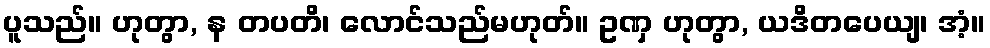
ပူသည်။ ဟုတွာ, န တပတိ၊ လောင်သည်မဟုတ်။ ဥဏှ ဟုတွာ, ယဒိတပေယျ၊ အံ့။